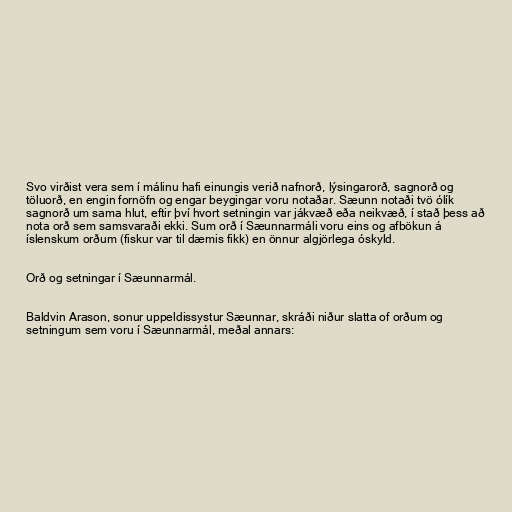
Svo virðist vera sem í málinu hafi einungis verið nafnorð, lýsingarorð, sagnorð og
töluorð, en engin fornöfn og engar beygingar voru notaðar. Sæunn notaði tvö ólík
sagnorð um sama hlut, eftir því hvort setningin var jákvæð eða neikvæð, í stað þess að
nota orð sem samsvaraði ekki. Sum orð í Sæunnarmáli voru eins og afbökun á
íslenskum orðum (fiskur var til dæmis fikk) en önnur algjörlega óskyld.

Orð og setningar í Sæunnarmál.

Baldvin Arason, sonur uppeldissystur Sæunnar, skráði niður slatta of orðum og
setningum sem voru í Sæunnarmál, meðal annars: